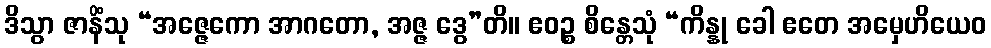
ဒိသွာ ဇာနိံသု “အဇ္ဇေကော အာဂတော, အဇ္ဇ ဒွေ”တိ။ ဧဝဉ္စ စိန္တေသုံ “ကိန္နု ခေါ ဧတေ အမှေဟိယေဝ